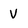
Character: V